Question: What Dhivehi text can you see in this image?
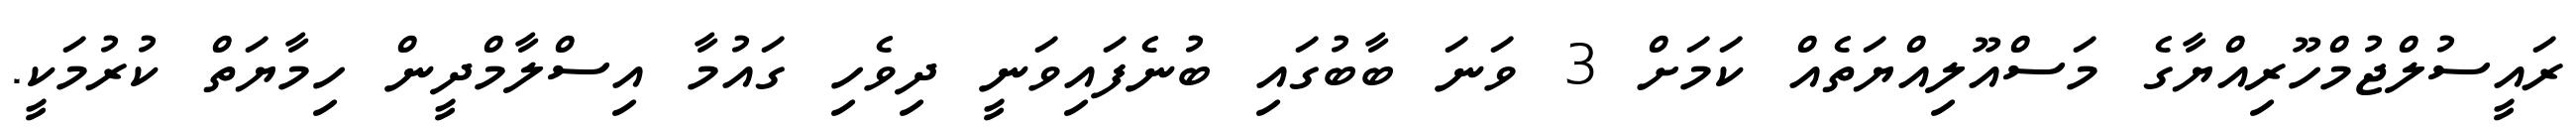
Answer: ރައީސުލްޖުމްހޫރިއްޔާގެ މަސްއޫލިއްޔަތެއް ކަމަށް 3 ވަނަ ބާބުގައި ބުނެފައިވަނީ ދިވެހި ގައުމާ އިސްލާމްދީން ހިމާޔަތް ކުރުމަކީ.